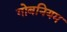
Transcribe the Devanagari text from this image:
गोबनियम